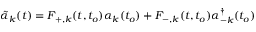
\tilde { \alpha } _ { k } ( t ) = { \cal { F } } _ { + , k } ( t , t _ { o } ) { \alpha } _ { k } ( t _ { o } ) + { \cal { F } } _ { - , k } ( t , t _ { o } ) { \alpha } _ { - k } ^ { \dagger } ( t _ { o } )